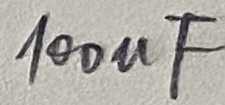
Text: 100µF